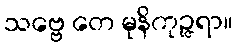
သဗ္ဗေ တေ မုနိကုဉ္ဇရာ။